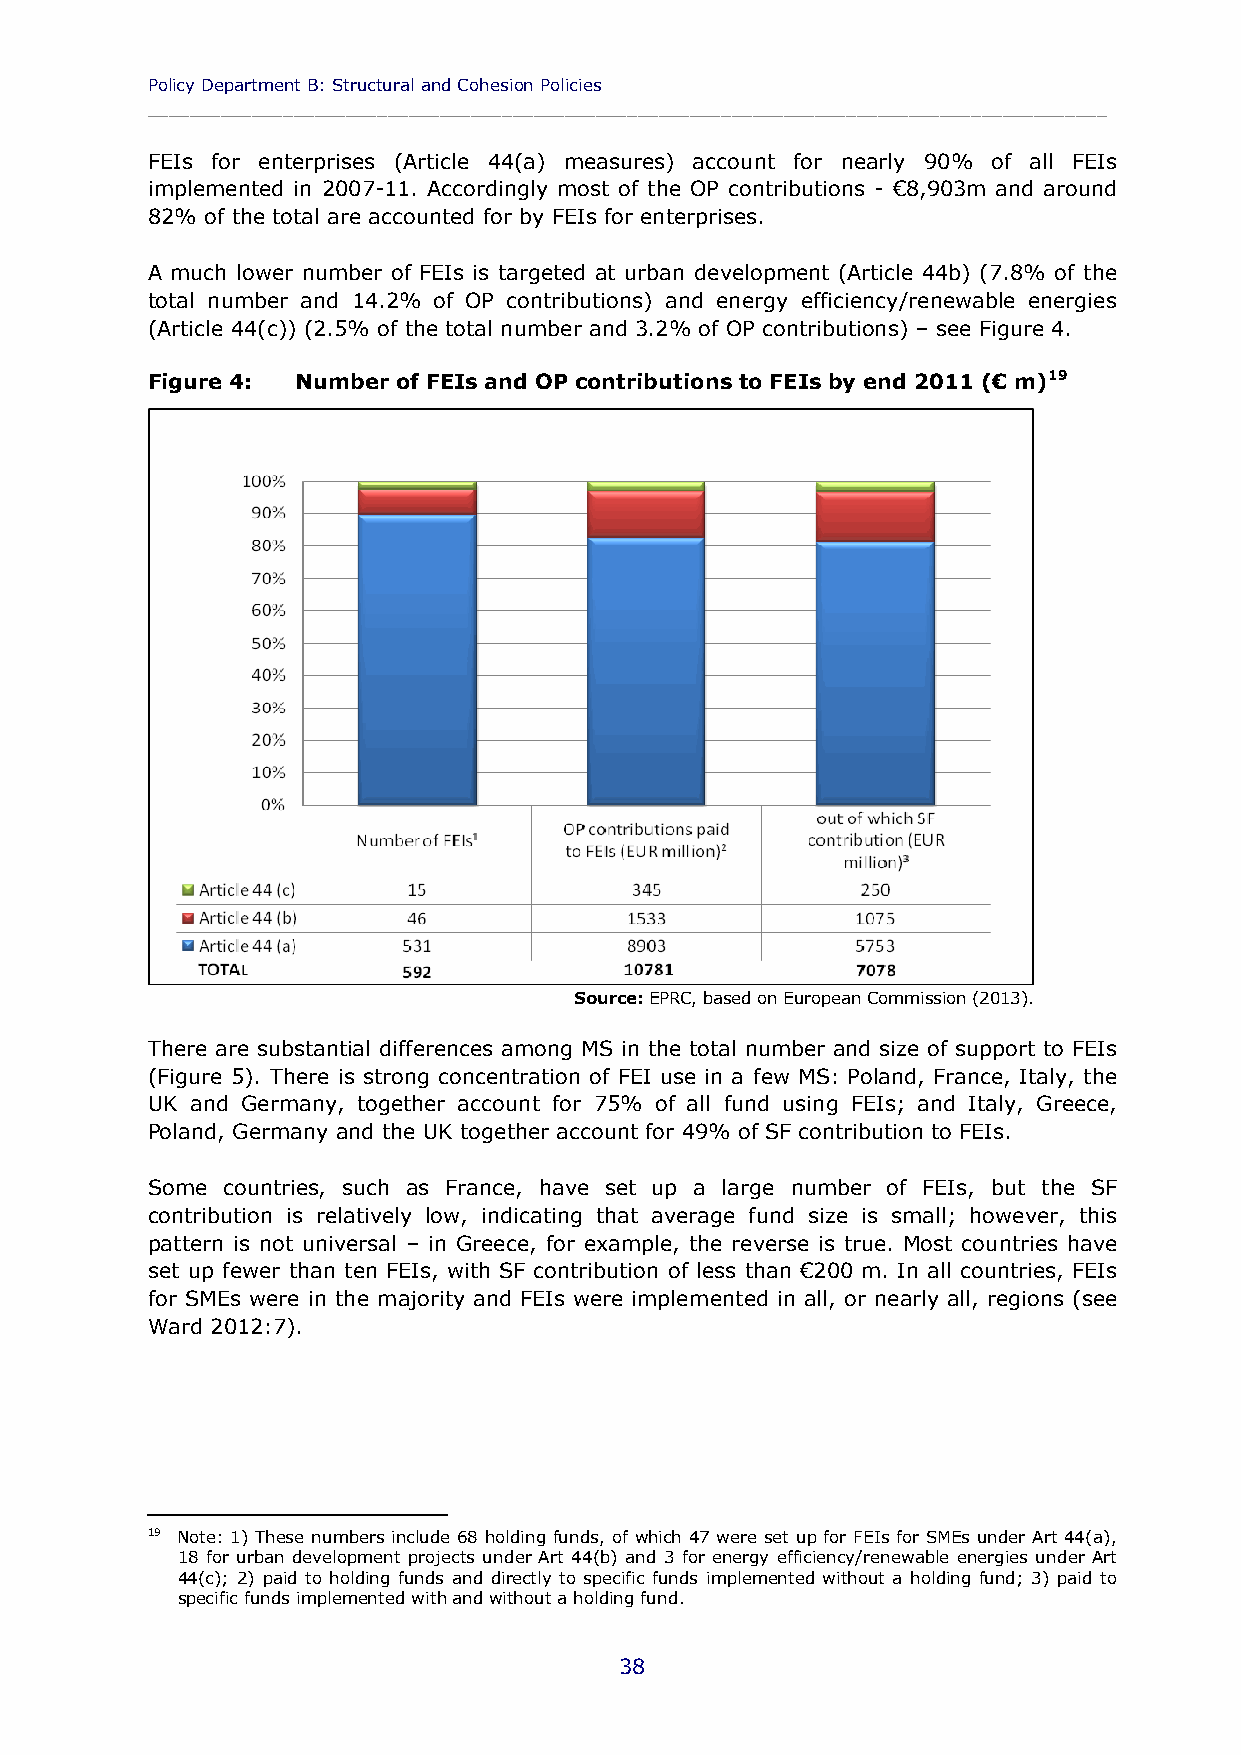
Policy Department B: Structural and Cohesion Policies
 ____________________________________________________________________________________________
 FEIs for enterprises (Article 44(a) measures) account for nearly 90% of all FEIs
 implemented in 2007-11. Accordingly most of the OP contributions - €8,903m and around
 82% of the total are accounted for by FEIs for enterprises.
 A much lower number of FEIs is targeted at urban development (Article 44b) (7.8% of the
 total number and 14.2% of OP contributions) and energy efficiency/renewable energies
 (Article 44(c)) (2.5% of the total number and 3.2% of OP contributions) – see Figure 4.
 Figure 4: Number of FEIs and OP contributions to FEIs by end 2011 (€ m)19
 Source: EPRC, based on European Commission (2013).
 There are substantial differences among MS in the total number and size of support to FEIs
 (Figure 5). There is strong concentration of FEI use in a few MS: Poland, France, Italy, the
 UK and Germany, together account for 75% of all fund using FEIs; and Italy, Greece,
 Poland, Germany and the UK together account for 49% of SF contribution to FEIs.
 Some countries, such as France, have set up a large number of FEIs, but the SF
 contribution is relatively low, indicating that average fund size is small; however, this
 pattern is not universal – in Greece, for example, the reverse is true. Most countries have
 set up fewer than ten FEIs, with SF contribution of less than €200 m. In all countries, FEIs
 for SMEs were in the majority and FEIs were implemented in all, or nearly all, regions (see
 Ward 2012:7).
 19 Note: 1) These numbers include 68 holding funds, of which 47 were set up for FEIs for SMEs under Art 44(a),
 18 for urban development projects under Art 44(b) and 3 for energy efficiency/renewable energies under Art
 44(c); 2) paid to holding funds and directly to specific funds implemented without a holding fund; 3) paid to
 specific funds implemented with and without a holding fund.
 38